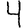
Digit: 4